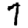
Digit: 7